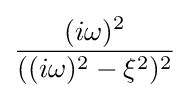
{\frac {(i\omega )^{2}}{((i\omega )^{2}-\xi ^{2})^{2}}}